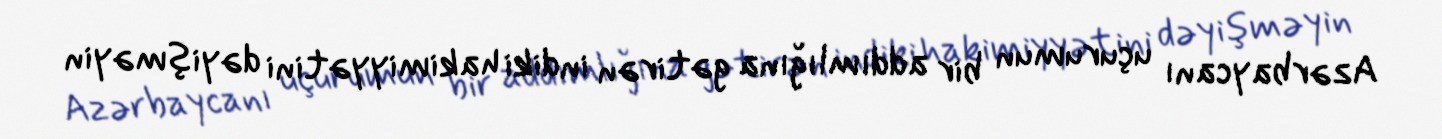
Azərbaycanı uçurumun bir addımlığına gətirən indiki hakimiyyətini dəyişməyin